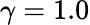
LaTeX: \gamma=1.0